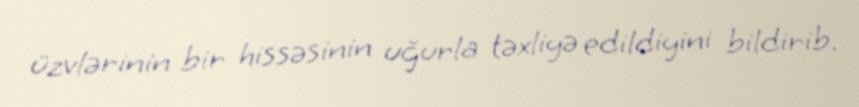
üzvlərinin bir hissəsinin uğurla təxliyə edildiyini bildirib.